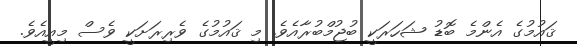
ޤައުމުގެ އެންމެ ބޮޑު ޝަހަރަކީ ބުޖުމްބުރާއެވެ. މި ޤައުމުގެ ވެރިރަށަކީ ވެސް މިއީއެވެ.